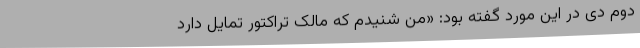
دوم دی در این مورد گفته بود: «من شنیدم که مالک تراکتور تمایل دارد